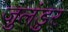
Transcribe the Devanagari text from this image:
जुलंडुर